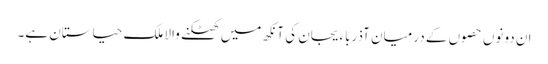
ان دونوں حصوں کے درمیان آذرباءیجان کی آنکھ میں کھٹکنے والا ملک حیاستان ہے۔